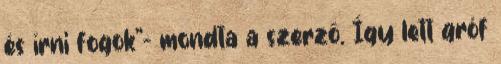
és írni fogok”- mondta a szerző. Így lett gróf